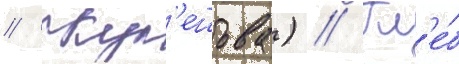
// Кул'ешова) // Гл'е́б